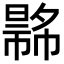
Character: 𢄾